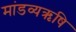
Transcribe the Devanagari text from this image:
मांडव्यऋषि